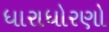
ધારાધોરણો